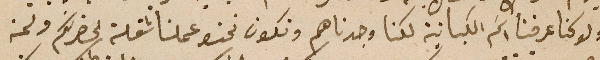
ولو كنا عرفنا اسَم الكبانية لكنا وجدناهم ونكون نحنو عملنا شغلة لحضرتكم ونحن